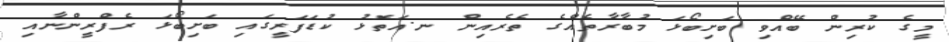
މީގެ ކުރިން ބޭއްވި ބަށިބޯޅަ މުބާރާތެއްގެ ތެރެއިން ނ.އަތޮޅު ކުޑަފަރީގައި ބަށިބޯޅަ ރެފްރީންނާއި